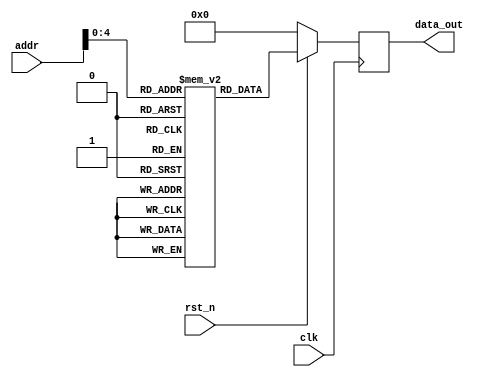
module Memory(
	input wire 			rst_n,
	input wire 			clk,
	input wire [0:7] 	addr,
	output wire [0:17] 	data_out
	);
	reg [0:17] data;
	reg [0:17] mem [0:25];
`ifdef SIM
	initial begin
		$readmemb("rom_files/rom_init.txt", mem);
	end
`endif
	always @(posedge clk)
		if(~rst_n)	
			data <= 'h0;
		else
			data <= mem[addr];

	assign data_out = data;
endmodule